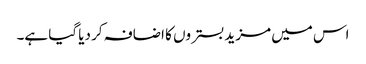
اس میں مزید بستروں کا اضافہ کر دیا گیا ہے۔